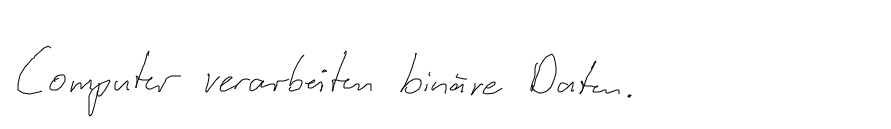
Computer verarbeiten binäre Daten.